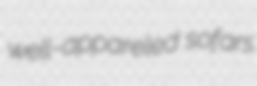
well-appareled sofars